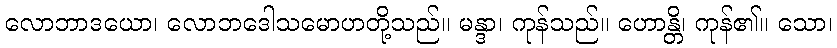
လောဘာဒယော၊ လောဘဒေါသမောဟတို့သည်။ မန္ဒာ၊ ကုန်သည်။ ဟောန္တိ၊ ကုန်၏။ သော၊